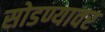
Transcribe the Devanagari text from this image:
सोडण्यावर